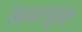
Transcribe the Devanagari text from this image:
तेलगूत